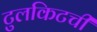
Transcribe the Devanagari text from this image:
टुलकिटची